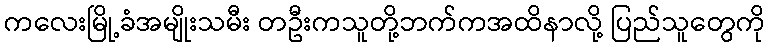
ကလေးမြို့ခံအမျိုးသမီး တဦးကသူတို့ဘက်ကအထိနာလို့ ပြည်သူတွေကို